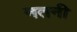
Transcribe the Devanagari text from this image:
नतनी